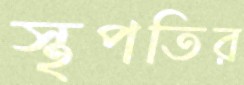
স্থপতির